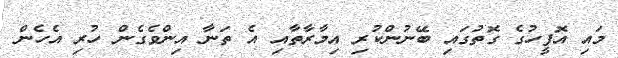
މައި އޮފީހުގެ ގޮތުގައި ބޭނުންކުރި އިމާރާތާއި އެ ތަނާ އިންވެގެން ހުރި އެހެން